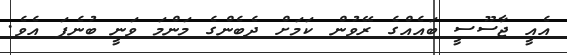
އެއީ ޖާސޫސީ ބައެއްގެ ރޭވުން ކަމަށް ދެބެންގެ މަންމަ ވަނީ ބުނެފަ އެވެ.